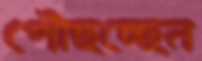
পৌঁছচ্ছেন